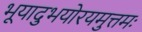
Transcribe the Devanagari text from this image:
भूयादुभयोरयमुत्तमः